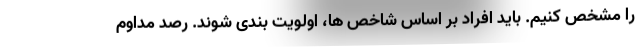
را مشخص کنیم. باید افراد بر اساس شاخص ها، اولویت بندی شوند. رصد مداوم